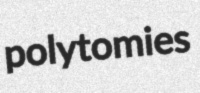
polytomies